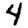
Digit: 4